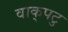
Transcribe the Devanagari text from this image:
वाक्‌पटु